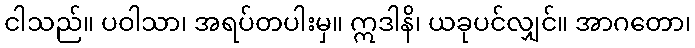
ငါသည်။ ပဝါသာ၊ အရပ်တပါးမှ။ ဣဒါနိ၊ ယခုပင်လျှင်။ အာဂတော၊